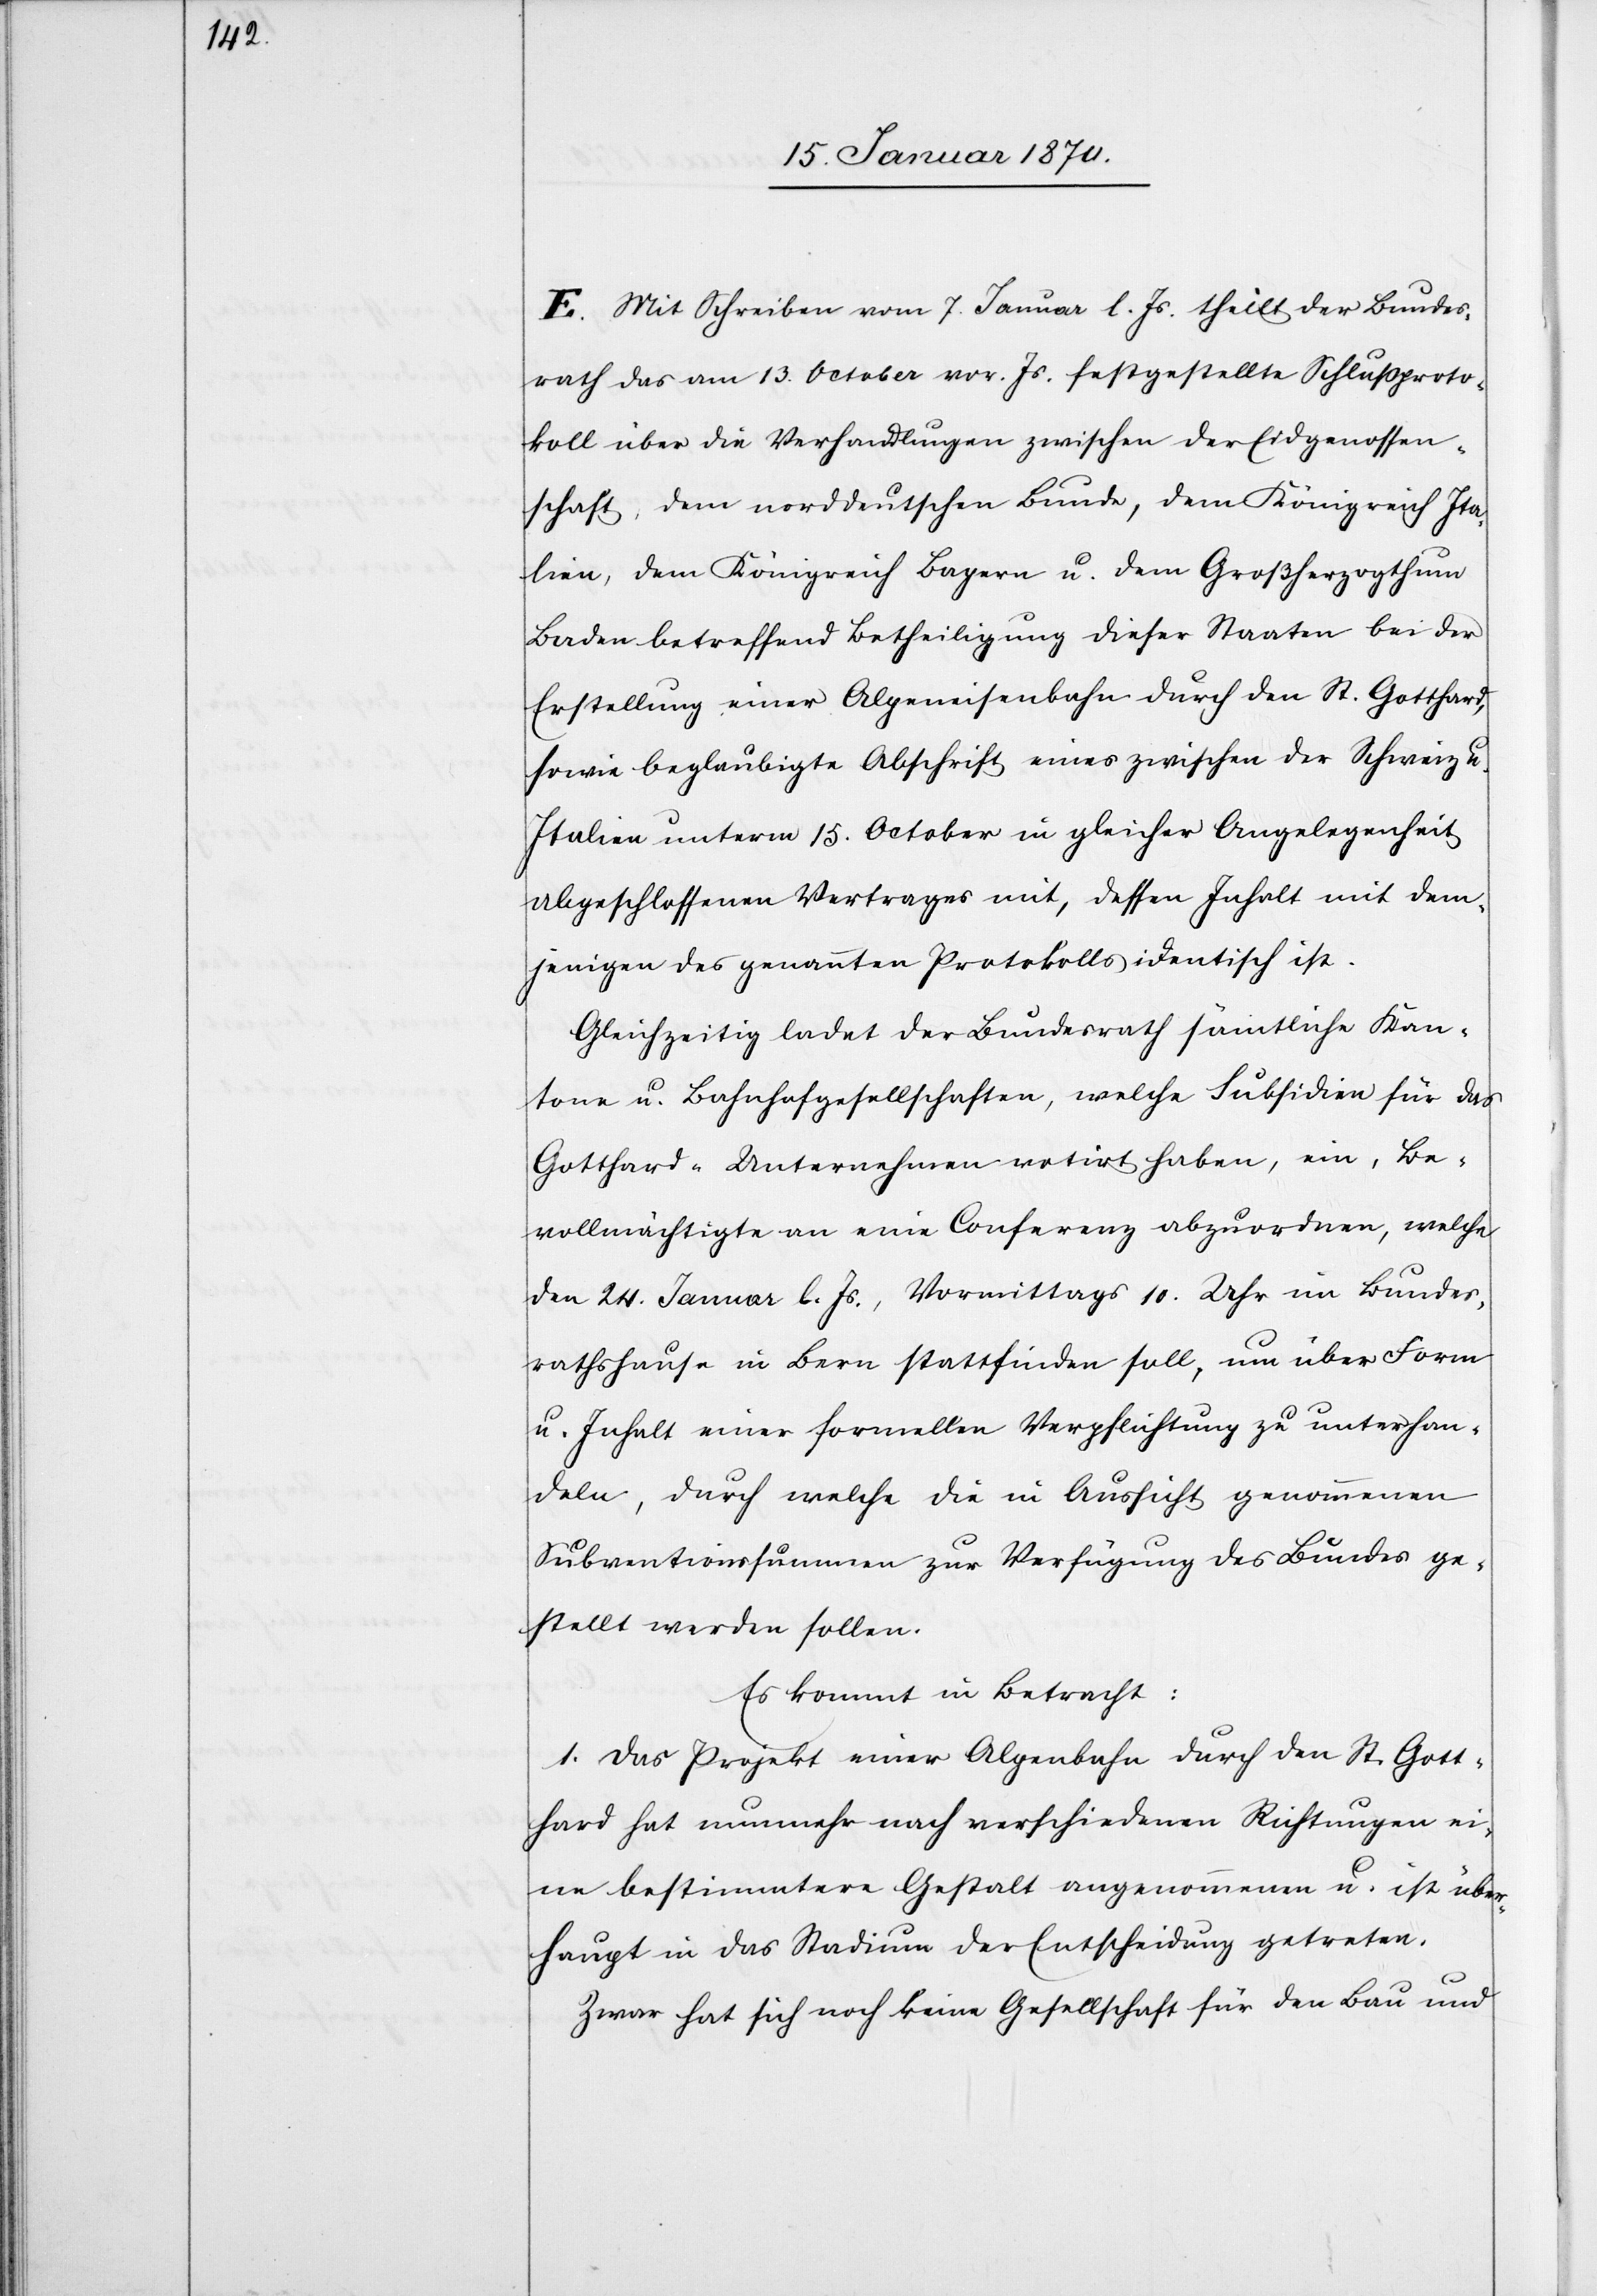
E. Mit Schreiben vom 7. Januar l. Js. theilt der Bundes¬
rath das am 13. October vor. Js. festgestellte Schlußproto¬
koll über die Verhandlungen zwischen der Eidgenossen¬
schaft, dem norddeutschen Bunde, dem Königreich Ita¬
lien, dem Königreich Bayern u. dem Großherzogthum
Baden betreffend Betheiligung dieser Staaten bei der
Erstellung einer Alpeneisenbahn durch den St. Gotthard,
sowie beglaubigte Abschrift eines zwischen der Schweiz u.
Italien unterm 15. October in gleicher Angelegenheit
abgeschlossenen Vertrages mit, dessen Inhalt mit dem¬
jenigen des genannten Protokolls identisch ist.
Gleichzeitig ladet der Bundesrath sämtliche Kan¬
tone u. Bahnhofgesellschaften, welche Subsidien für das
Gotthard-Unternehmen votirt haben, ein, Be¬
vollmächtigte an eine Conferenz abzuordnen, welche
den 24. Januar l. Js., Vormittags 10. Uhr im Bundes¬
rathshause in Bern stattfinden soll, um über Form
u. Inhalt einer formellen Verpflichtung zu unterhan¬
deln, durch welche die in Aussicht genommenen
Subventionssummen zur Verfügung des Bundes ge¬
stellt werden sollen.
Es kommt in Betracht:
1. Das Projekt einer Alpenbahn durch den St. Gott¬
hard hat nunmehr nach verschiedenen Richtungen ei¬
ne bestimmtere Gestalt angenommen u. ist über¬
haupt in das Stadium der Entscheidung getreten.
Zwar hat sich noch keine Gesellschaft für den Bau und